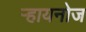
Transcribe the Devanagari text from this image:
ऱ्हायनोज